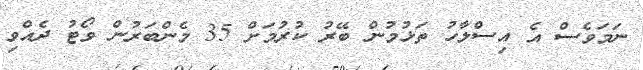
ނަމަވެސް އެ އިސްލާހު ތަޅުމުން ބޭރު ކުރުމަށް 35 މެންބަރުން ވޯޓު ދެއްވި